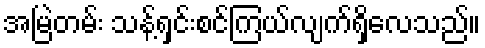
အမြဲတမ်း သန့်ရှင်းစင်ကြယ်လျက်ရှိလေသည်။